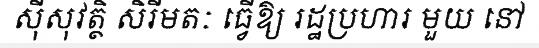
ស៊ីសុវត្ថិ សិរីមតៈ ធ្វើឱ្យ រដ្ឋប្រហារ មួយ នៅ